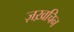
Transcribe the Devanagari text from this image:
ज़ख़चिन